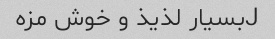
Jبسیار لذیذ و خوش مزه